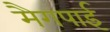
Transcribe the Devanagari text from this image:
मैगपाई